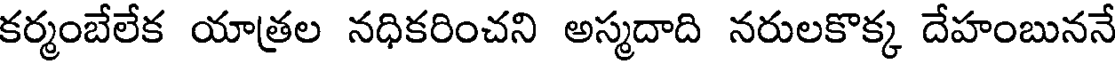
కర్మంబేలేక యాత్రల నధికరించని అస్మదాది నరులకొక్క దేహంబుననే